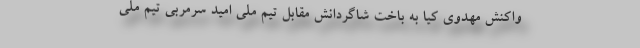
واکنش مهدوی کیا به باخت شاگردانش مقابل تیم ملی امید سرمربی تیم ملی